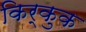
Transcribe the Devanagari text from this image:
किर्कुक